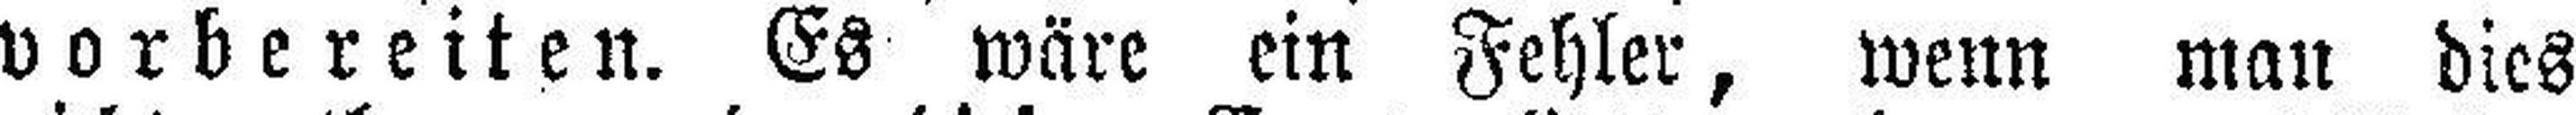
vorbereiten. Es wäre ein Fehler, wenn man dies